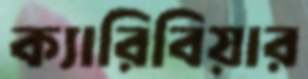
ক্যারিবিয়ার